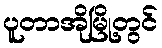
ပူတာအိုမြို့တွင်